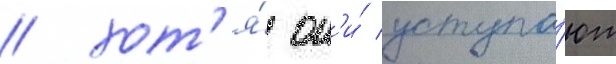
/ хот'я́ он'и́ уступа́ют